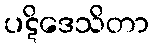
ပဋိဒေသိတာ